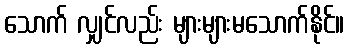
သောက် လျှင်လည်း များများမသောက်နိုင်။